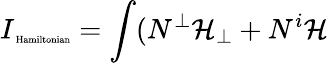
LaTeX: I_{\mathrm{\tiny~Hamiltonian}}=\int(N^{\bot}\mathcal{H}_{\bot}+N^{i}\mathcal{H}